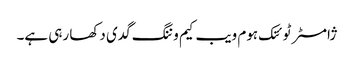
ژامسٹر ٹوئنک ہوم ویب کیم وننگ گدی دکھا رہی ہے۔